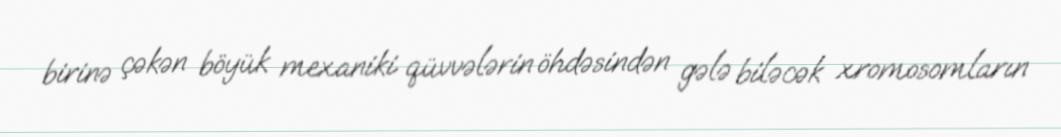
birinə çəkən böyük mexaniki qüvvələrin öhdəsindən gələ biləcək xromosomların